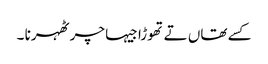
کسے تھاں تے تھوڑا جیہا چر ٹھہرنا ۔